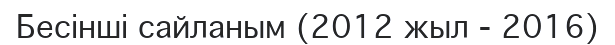
Бесінші сайланым (2012 жыл - 2016)